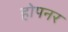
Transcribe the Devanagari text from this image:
होपनर